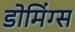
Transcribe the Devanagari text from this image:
डोमिंग्स